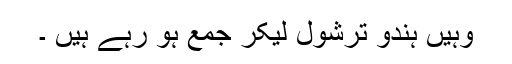
وہیں ہندو ترشول لیکر جمع ہو رہے ہیں ۔